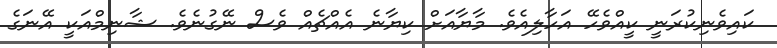
ކައިވެނިކުރަނީ ކީއްވެހޭ އަހާލިއެވެ. މާޔާއަށް ކިޔާނެ އެއްޗެއް ވެސް ނޭގުނެވެ. ޝާނިމްއަކީ އޭނަގެ